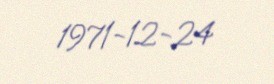
1971-12-24